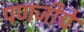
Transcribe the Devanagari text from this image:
पणजीचे